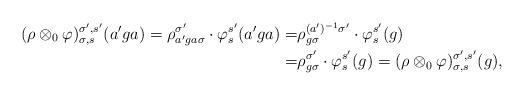
LaTeX: \begin{align*} (\rho \otimes_0 \varphi)^{\sigma',s'}_{\sigma,s}(a'ga) = \rho_{a'ga\sigma}^{\sigma'}\cdot \varphi_s^{s'}(a'ga) = & \rho_{g\sigma}^{(a')^{-1}\sigma'}\cdot \varphi_s^{s'}(g) \\ = &\rho_{g\sigma}^{\sigma'}\cdot \varphi_s^{s'}(g) = (\rho \otimes_0 \varphi)^{\sigma',s'}_{\sigma,s}(g), \end{align*}